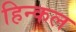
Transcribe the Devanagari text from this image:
हिन्कल